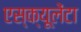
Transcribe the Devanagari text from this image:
एस्क्यूलेंटा